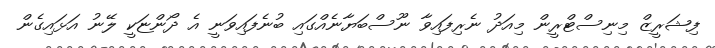
ފިޝަރީޒް މިނިސްޓްރީން މިއަދު ނެރިފައިވާ ނޫސްބަޔާނެއްގައި ބުނެފައިވަނީ އެ ދޯންޏަކީ ލޭނު އަޅައިގެން